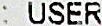
: USER